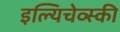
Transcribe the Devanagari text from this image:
इल्यिचेव्स्की